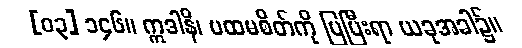
[၀၃] ၁၄၆။ ဣဒါနိ၊ ပထမစိတ်ကို ပြပြီးရာ ယခုအခါ၌။